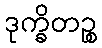
ဒုက္ခိတဉ္စ